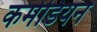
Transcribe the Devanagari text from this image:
कमेडियन